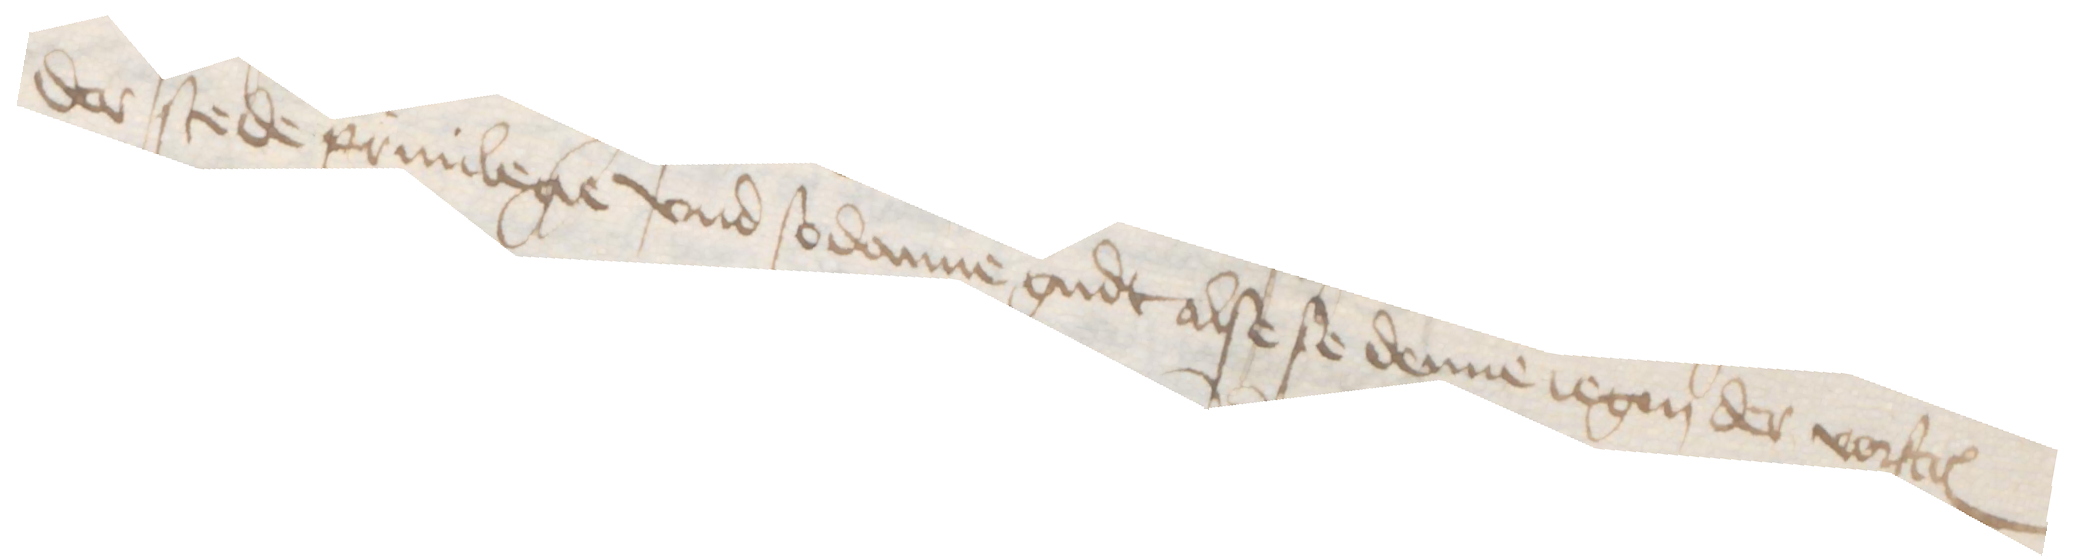
der stede priuilegie vnd sodanne gudt alse se denne iegen der vorstcreuen